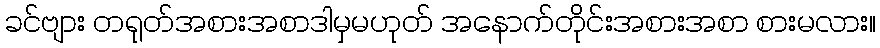
ခင်ဗျား တရုတ်အစားအစာဒါမှမဟုတ် အနောက်တိုင်းအစားအစာ စားမလား။